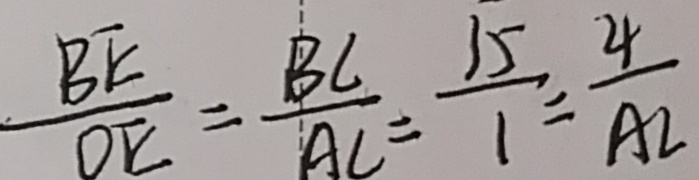
\frac { B E } { D E } = \frac { B C } { A C } = \frac { 3 5 } { 1 } = \frac { 4 } { A C }